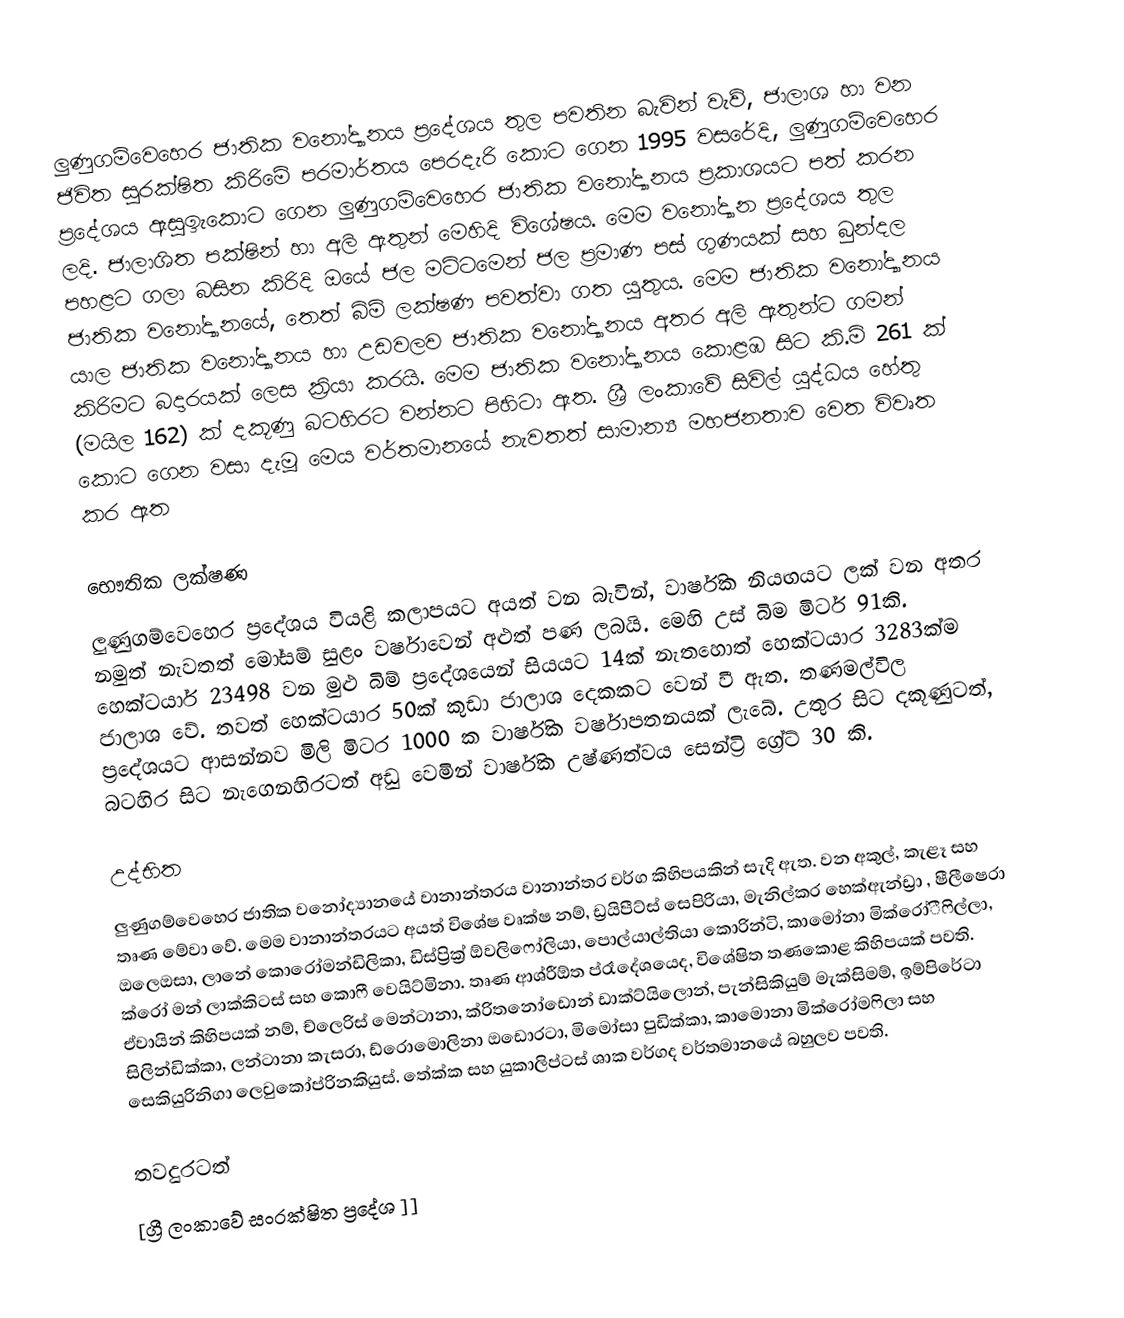
ලුණුගම්‍‍‍වෙහෙර ජාතික  වනෝද්‍යානය  ප්‍රදේශය තුල පවතින බැවින්  වැව්, ජාලාශ හා වන ජිවිත සුරක්ෂිත කිරි‍‍මේ පරමාර්තය පෙරදැරි කොට ගෙන 1995 වසරේදි, ලුණුගම්‍‍‍වෙහෙර ප්‍රදේශය ඇසුඉැකොට ගෙන  ලුණුගම්‍‍‍වෙහෙර ජාතික  වනෝද්‍යානය ප්‍රකාශයට  පත් කරන ලදි. ජාලාශිත පක්ෂින් හා අලි ඇතුන් මෙහිදි විශේෂය. මෙම  වනෝද්‍යාන ප්‍රදේශය තුල පහළට ගලා බසින කිරිදි ඔයේ ජල මට්ට‍මෙන් ජල ප්‍රමාණ පස් ගුණයක් සහ බුන්දල ජාතික වනෝද්‍යානයේ, තෙත්  බිම්‍‍ ලක්ෂණ පවත්වා ගත යුතුය. මෙම ජාතික  වනෝද්‍යානය යාල ජාතික  වනෝද්‍යානය හා උඩවලව ජාතික  වනෝද්‍යානය අතර අලි ඇතුන්ට ගමන් කිරිමට බදාරයක් ලෙස ක්‍රියා කරයි. මෙම ජාතික  වනෝද්‍යානය කොළඹ සිට කි.මි 261 ක් (මයිල 162) ක් දකූණු බටහිරට වන්නට පිහිටා ඇත. ශ්‍රී ලංකාවේ සිවිල් යුද්ධය හේතු කොට ගෙන වසා දැමූ මෙය වර්තමානයේ නැවතත් සාමාන්‍ය මහජනතාව වෙත විවෘත කර ඇත

භෞතික ලක්ෂණ
ලුණුගම්‍‍වෙහෙර ප්‍රදේශය වියළි කලාපයට අයත් වන බැවින්, වාර්ෂික නියඟයට ලක් වන අතර නමුත් නැවතත් මෝසම් සුළං වර්ෂාවෙන් අළුත් පණ ලබයි. මෙහි උස් බිම මිටර් 91කි. හෙක්ටයාර් 23498 වන මුළු  බිම් ප්‍රදේශයෙන් සියයට 14ක් නැතහොත් හෙක්ටයාර 3283ක්ම ජාලාශ වේ. තවත් හෙක්ටයාර 50ක් කුඩා ජාලාශ දෙකකට වෙන් වී ඇත. තණමල්විල  ප්‍රදේශය‍ට ආසන්නව මිලි මිටර 1000 ක වාර්ෂික වර්ෂාපතනයක් ලැබේ. උතුර සිට දකූණුටත්, බටහිර සිට නැගෙනහිරටත් අඩු වෙමින් වාර්ෂික උෂ්ණත්වය සෙන්ට්‍රි ග්‍රේට් 30 කි.

උද්භිත
ලුණුගම්‍‍වෙහෙර ජාතික  වනෝද්‍යානයේ වානාන්තරය වානාන්තර වර්ග කිහි‍පයකින් සැදි ඇත. වන අකුල්, කැළෑ සහ තෘණ මේවා වේ. මෙම වානාන්තරයට අයත් විශේෂ වෘක්ෂ නම්, ඩ්‍රයිපීට්ස්  සෙපිරියා, මැනිල්කර හෙක්ඇන්ඩ්‍රා , ෂීලීෂෙරා ඔලෙඔසා, ලානේ කොරෝමන්ඩිලිකා, ඩිස්ප්‍රික්‍ර් ඕවලිෆෝලියා, පොල්යාල්තියා කොරින්ටි, කාමෝනා මික්රෝීෆිල්ලා, ක්රෝ මන් ලාක්කිටස් සහ කොෆී වෙයිට්මිනා. තෘණ ආශ්රීඕත ප්රෑදේශයෙද, විශේෂිත තණකොළ කිහි‍පයක් පවති. ඒවායින් කිහි‍පයක් නම්, ච්ලෙරිස් මෙන්ටානා, ක්රිතනෝඩොන් ඩාක්ට්යිලොන්, පැන්සිකියුම් මැක්සිමම්, ඉම්පිරේටා සිලින්ඩික්කා, ලන්ටානා කැසරා, ඩ්රොමොලිනා ඔඩොරටා, මිමෝසා පුඩික්කා, කාමොනා මික්රෝමෆිලා සහ සෙකියුරිනිගා ලෙවුකෝප්රිනකියුස්. තේක්ක සහ යුකාලිප්ටස් ශාක වර්ගද වර්තමානයේ බහුලව පවති.

තවදුරටත්
[ග්‍රී ලංකාවේ සංරක්ෂිත  ප්‍රදේශ ]]